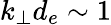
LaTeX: k_{\perp}d_{e}\sim 1